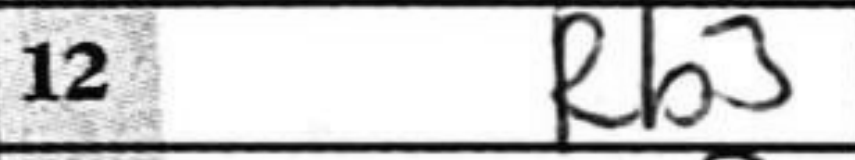
Transcription: Rb3